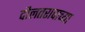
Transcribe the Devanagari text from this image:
दौलतरावाच्या